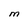
Character: M